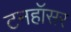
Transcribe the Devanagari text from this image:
टनहॉसर